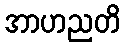
အာဟညတိ